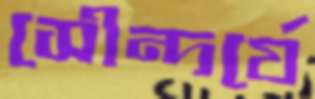
সৌন্দর্যে